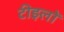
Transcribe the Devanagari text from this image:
टीइलों